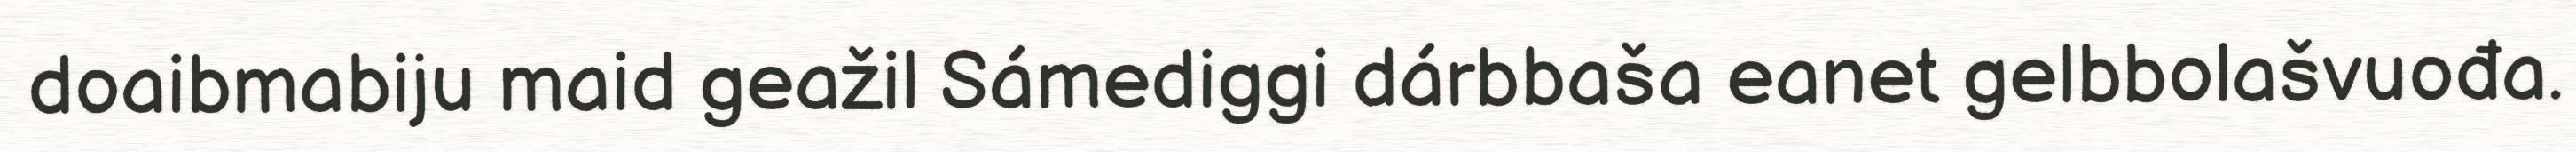
doaibmabiju maid geažil Sámediggi dárbbaša eanet gelbbolašvuođa.